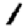
Digit: 1